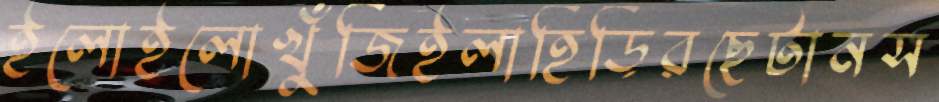
ইলোইলোখুঁজিইলাহিড়িরছেটানস